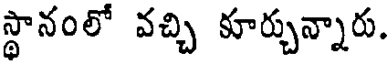
స్థానంలో వచ్చి కూర్చున్నారు.